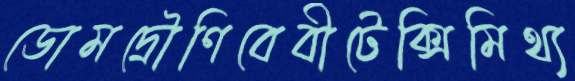
ডোমদ্রৌণিবেবীটেক্সিমিথ্য